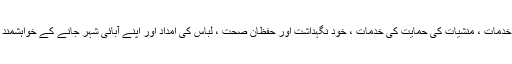
مہمان خانوں کو تغذیہ ، پناہ گاہ ، بنیادی صحت کی خدمات ، منشیات کی حمایت کی خدمات ، خود نگہداشت اور حفظان صحت ، لباس کی امداد اور اپنے آبائی شہر جانے کے خواہشمند افراد کو بھیجنے جیسی سہولیات فراہم کی جائیں گی۔